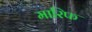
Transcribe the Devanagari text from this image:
मारिफ